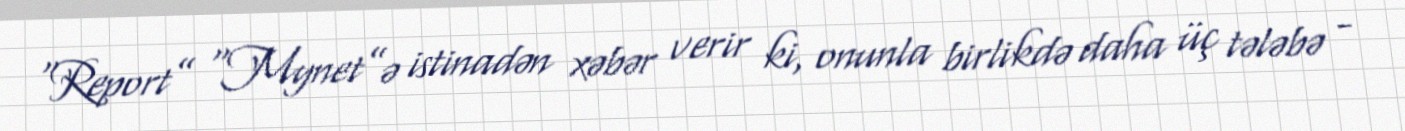
“Report” “Mynet”ə istinadən xəbər verir ki, onunla birlikdə daha üç tələbə -